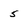
Character: 5